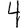
Digit: 4